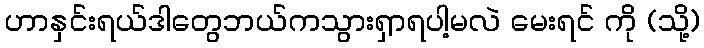
ဟာနှင်းရယ်ဒါတွေဘယ်ကသွားရှာရပါ့မလဲ မေးရင် ကို (သို့)